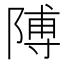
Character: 𮥕